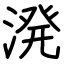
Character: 溌